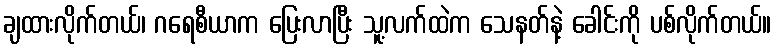
ချထားလိုက်တယ်၊ ဂရေစီယာက ပြေးလာပြီး သူ့လက်ထဲက သေနတ်နဲ့ ခေါင်းကို ပစ်လိုက်တယ်။